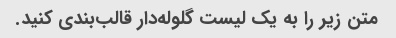
متن زیر را به یک لیست گلوله‌دار قالب‌بندی کنید.